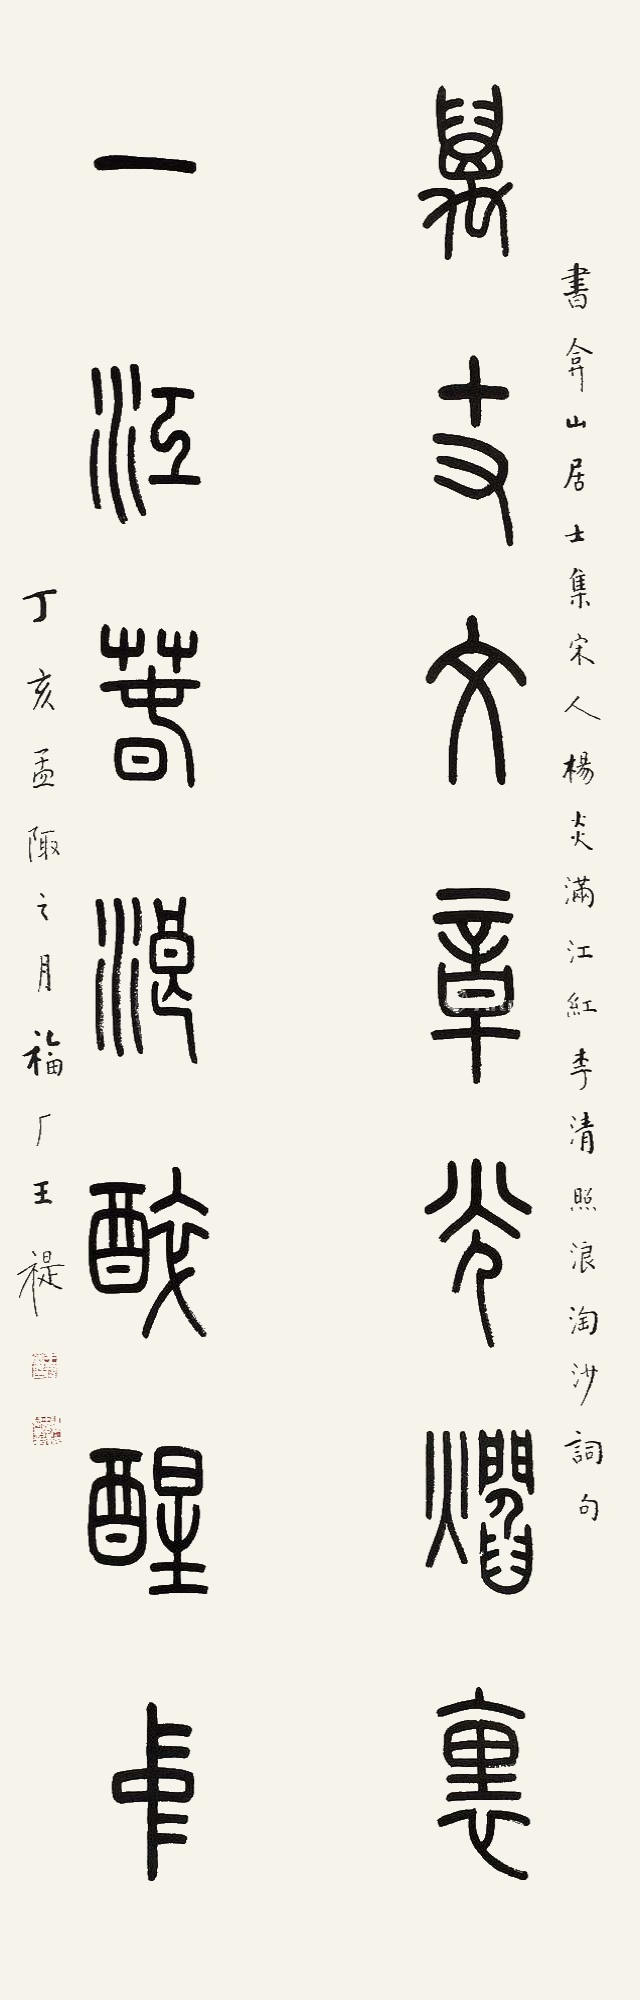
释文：万丈文章光焰里，一江春浪醉醒中。书弇山居士集宋人杨炎《满江红》、李清照《浪淘沙》词句。丁亥孟陬之月福厂王褆。